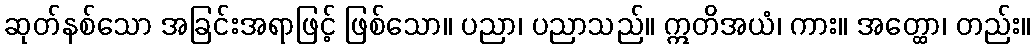
ဆုတ်နစ်သော အခြင်းအရာဖြင့် ဖြစ်သော။ ပညာ၊ ပညာသည်။ ဣတိအယံ၊ ကား။ အတ္ထော၊ တည်း။